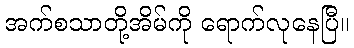
အက်စသာတို့အိမ်ကို ရောက်လုနေပြီ။